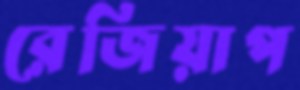
রেজিয়াপ